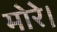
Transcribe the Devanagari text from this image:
मोरे।